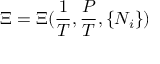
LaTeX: \Xi = \Xi ( { \frac { 1 } { T } } , { \frac { P } { T } } , \{ N _ { i } \} )